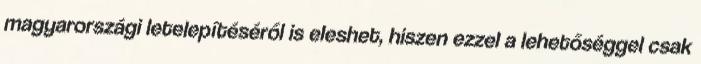
magyarországi letelepítéséről is eleshet, hiszen ezzel a lehetőséggel csak